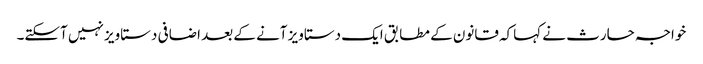
خواجہ حارث نے کہاکہ قانون کے مطابق ایک دستاویز آنے کے بعد اضافی دستاویز نہیں آسکتے۔